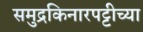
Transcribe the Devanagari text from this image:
समुद्रकिनारपट्टीच्या